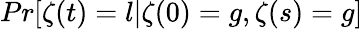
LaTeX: Pr[\zeta(t)=l|\zeta(0)=g,\zeta(s)=g]